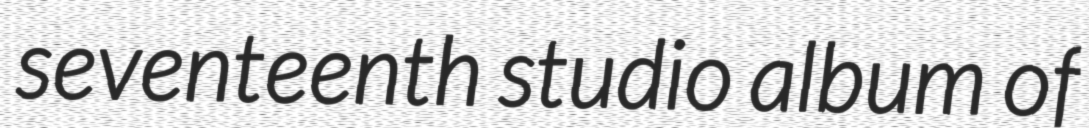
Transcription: seventeenth studio album of